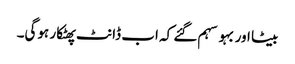
بیٹا اور بہو سہم گئے کہ اب ڈانٹ پھٹکار ہوگی۔